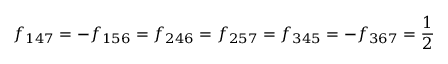
f _ { 1 4 7 } = - f _ { 1 5 6 } = f _ { 2 4 6 } = f _ { 2 5 7 } = f _ { 3 4 5 } = - f _ { 3 6 7 } = { \frac { 1 } { 2 } }